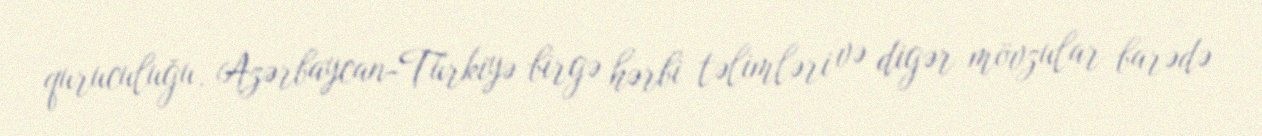
quruculuğu, Azərbaycan-Türkiyə birgə hərbi təlimləri və digər mövzular barədə